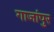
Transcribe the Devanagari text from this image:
गाजांपुर